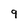
Character: 9